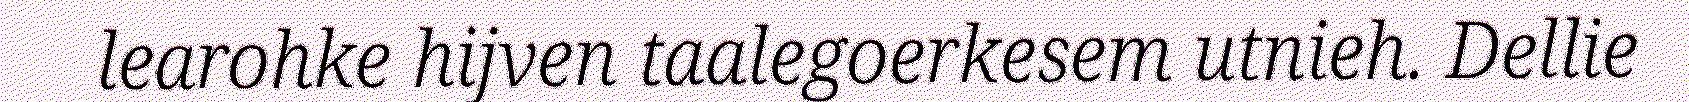
learohke hijven taalegoerkesem utnieh. Dellie